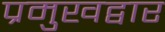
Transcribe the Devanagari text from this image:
प्रमुखद्वार